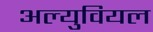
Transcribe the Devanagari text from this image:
अल्युवियल